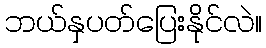
ဘယ်နှပတ်ပြေးနိုင်လဲ။